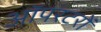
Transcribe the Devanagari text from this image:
ऑपरटरों